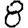
Digit: 8